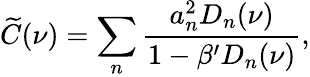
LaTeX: \widetilde{C}(\nu)=\sum_{n}\frac{a_{n}^{2}D_{n}(\nu)}{1-\beta^{\prime}D_{n}(\nu)},